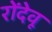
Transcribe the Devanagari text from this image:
रोंदेवू